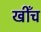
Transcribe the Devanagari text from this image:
खीँच